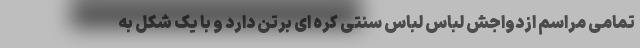
تمامی مراسم ازدواجش لباس لباس سنتی کره ای برتن دارد و با یک شکل به